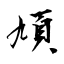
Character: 頄